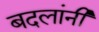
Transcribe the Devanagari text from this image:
बदलांनी